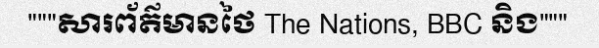
"""សារព័ត៌មានថៃ The Nations, BBC និង"""